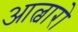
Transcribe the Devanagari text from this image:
आल्वारो